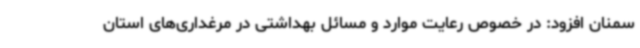
سمنان افزود: در خصوص رعایت موارد و مسائل بهداشتی در مرغداری‌های استان